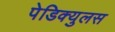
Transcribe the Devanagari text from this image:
पेडिक्युलस